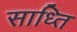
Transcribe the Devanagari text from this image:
साध्ति